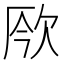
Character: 𣢬